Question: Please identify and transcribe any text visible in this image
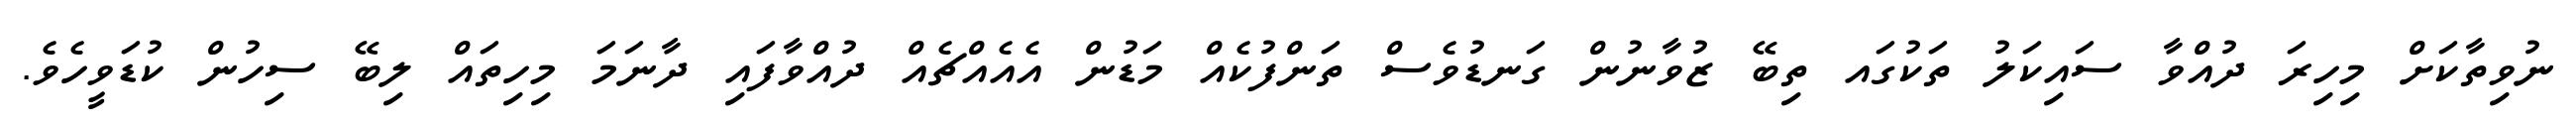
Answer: ނުވިތާކަށް މިހިރަ ދުއްވާ ސައިކަލު ތަކުގައ ތިބޭ ޒުވާނުން ގަނޑުވެސް ތަންފުކެއް މަޑުން އެއެއްޗެއް ދުއްވާފައި ދާނަމަ މިހިތައް ލިބޭ ސިހުން ކުޑަވީހެވެ.